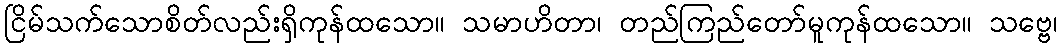
ငြိမ်သက်သောစိတ်လည်းရှိကုန်ထသော။ သမာဟိတာ၊ တည်ကြည်တော်မူကုန်ထသော။ သဗ္ဗေ၊